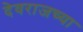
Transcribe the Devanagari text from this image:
देवराजच्या